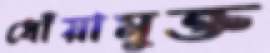
ধোঁয়ামুক্ত